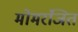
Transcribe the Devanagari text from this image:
मोमरंजित